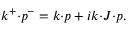
k ^ { + } { \cdot } p ^ { - } = k { \cdot } p + i k { \cdot } J { \cdot } p .